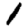
Digit: 1